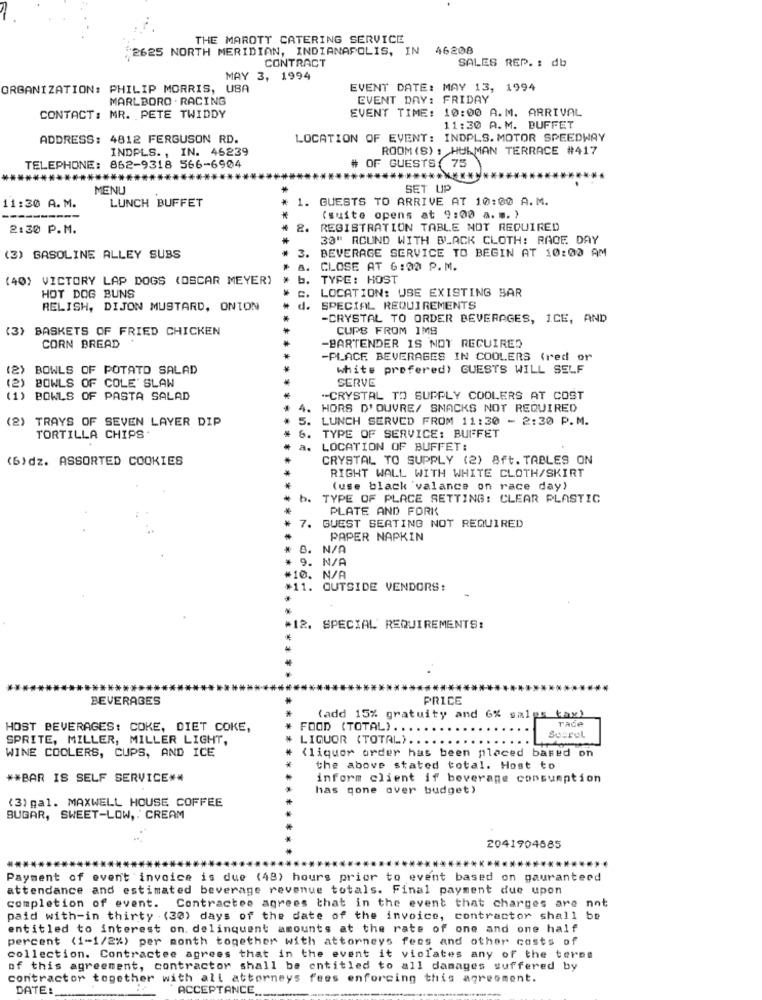
THE MAROTT CATERING SERVICE
2625 NORTH MERIDIAN, INDIANAPOLIS, IN 46208
CONTRACT
SALES REP. : db
MAY 3, 1994
ORGANIZATION: PHILIP MORRIS, USA
EVENT DATE: MAY 13, 1994
MARLBORO . RACING
EVENT DAY: FRIDAY
EVENT TIME: 10:00 A.M. ARRIVAL
CONTACT: MR. PETE TWIDDY
11:30 A.M. BUFFET
ADDRESS: 4812 FERGUSON RD.
LOCATION OF EVENT: INDPLS. MOTOR SPEEDWAY
INDPLS ., IN. 46239
ROOM (S) : HULMAN TERRACE #417
TELEPHONE: 862-9318 566-6904
# OF GUESTS( 75)
****
****
******
MENU
SET UP
LUNCH BUFFET
1.
GUESTS TO ARRIVE AT 10:00 A.M.
11:30 A.M.
(suite opens at 9:00 a.m. )
2:30 P.M.
2.
REGISTRATION TABLE NOT REQUIRED
30" ROUND WITH BLACK CLOTH: RACE DAY
BEVERAGE SERVICE TO BEGIN AT 10:00 AM
(3) GASOLINE ALLEY SUBS
3.
CLOSE AT 6:00 P.M.
(40) VICTORY LAP DOGS (OSCAR MEYER)
TYPE: HOST
HOT DOG BUNS
LOCATION: USE EXISTING BAR
RELISH, DIJON MUSTARD, ONION
d. SPECIAL REQUIREMENTS
-CRYSTAL TO ORDER BEVERAGES, ICE, AND
(3) BASKETS OF FRIED CHICKEN
CUPS FROM IMS
CORN BREAD
-BARTENDER IS NOT REQUIRED
-PLACE BEVERAGES IN COOLERS (red or
(2)
BOWLS OF POTATO SALAD
white prefered) GUESTS WILL SELF
(2)
BOWLS OF COLE'SLAW
SERVE
(1) BOWLS OF PASTA SALAD
-CRYSTAL TO SUPPLY COOLERS AT COST
. HORS D' OUVRE/ SNACKS NOT REQUIRED
(2) TRAYS OF SEVEN LAYER DIP
5. LUNCH SERVED FROM 11:30 - 2:30 P.M.
TORTILLA CHIPS
6.
TYPE OF SERVICE: BUFFET
a. LOCATION OF BUFFET:
(6)dz. ASSORTED COOKIES
CRYSTAL TO SUPPLY (2) 8ft. TABLES ON
RIGHT WALL WITH WHITE CLOTH/SKIRT
(use black 'valance on race day)
TYPE OF PLACE SETTING: CLEAR PLASTIC
PLATE AND FORK
7. GUEST SEATING NOT REQUIRED
PAPER NAPKIN
B. N/A
9. N/A
#10. N/A
#11. OUTSIDE VENDORS:
*12. SPECIAL' REQUIREMENTS:
BEVERAGES
PRICE
(add 15% gratuity and 6% sales tax)
race
HOST BEVERAGES: COKE, DIET COKE,
FOOD (TOTAL) ...
SPRITE, MILLER, MILLER LIGHT,
LIQUOR (TOTAL) ....
Suurel
WINE COOLERS, CUPS, AND ICE
(liquor order has been placed based on
the above stated total. Host to
** BAR IS SELF SERVICE **
inform client if beverage consumption
has gone over budget)
(3) gal. MAXWELL HOUSE COFFEE
BUGAR, SWEET-LOW, . CREAM
2041904685
Payment of event invoice is due (48) hours prior to event based on gauranterd
attendance and estimated beverage revenue totals. Final payment due upon
completion of event. Contractee agrees that in the event that charges are not
paid with-in thirty - (30) days of the date of the invoice, contractor shall be
entitled to interest on delinquent amounts at the rate of one and one half
percent (1-1/2%) per month together with attorneys fees and other costs of
collection. Contractee agrees that in the event it violates any of the terms
of this agreement, contractor shall be entitled to all damages suffered by
contractor together with all attorneys fees enforcing this agreement.
DATE :
ACCEPTANCE.